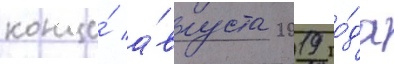
конце́ а́вгуста 2019 го́да